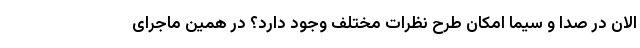
الان در صدا و سیما امکان طرح نظرات مختلف وجود دارد؟ در همین ماجرای